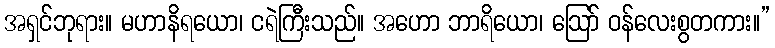
အရှင်ဘုရား။ မဟာနိရယော၊ ငရဲကြီးသည်။ အဟော ဘာရိယော၊ ဩော် ဝန်လေးစွတကား။”